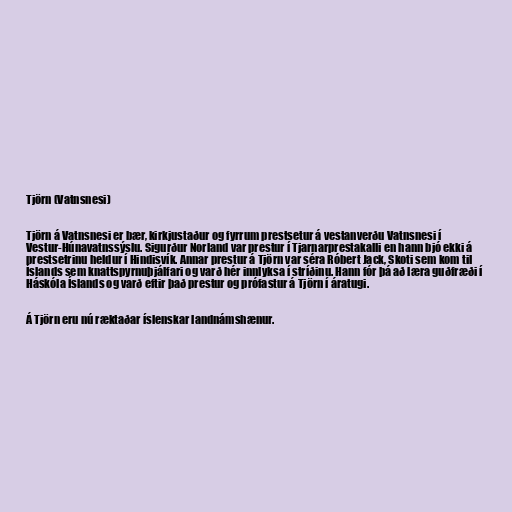
Tjörn (Vatnsnesi)

Tjörn á Vatnsnesi er bær, kirkjustaður og fyrrum prestsetur á vestanverðu Vatnsnesi í
Vestur-Húnavatnssýslu. Sigurður Norland var prestur í Tjarnarprestakalli en hann bjó ekki á
prestsetrinu heldur í Hindisvík. Annar prestur á Tjörn var séra Róbert Jack, Skoti sem kom til
Íslands sem knattspyrnuþjálfari og varð hér innlyksa í stríðinu. Hann fór þá að læra guðfræði í
Háskóla Íslands og varð eftir það prestur og prófastur á Tjörn í áratugi.

Á Tjörn eru nú ræktaðar íslenskar landnámshænur.